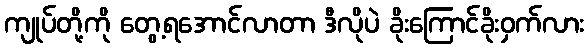
ကျုပ်တို့ကို တွေ့ရအောင်လာတာ ဒီလိုပဲ ခိုးကြောင်ခိုးဝှက်လား